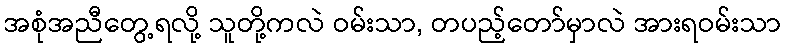
အစုံအညီတွေ့ရလို့ သူတို့ကလဲ ဝမ်းသာ, တပည့်တော်မှာလဲ အားရဝမ်းသာ